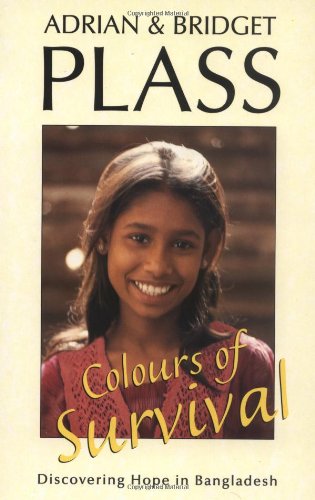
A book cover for Colours of Survival: Discovering Hope in Bangladesh; Adrian Plass; Travel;